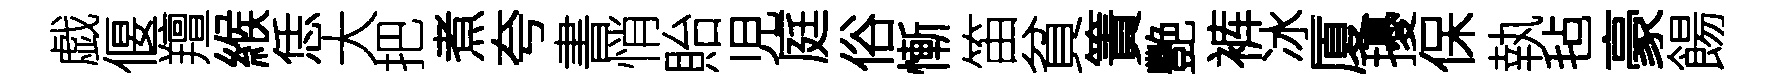
戯偃羶緱恁大把煮夸書悄貽児庭俗慚笛貧簀艷裤冰厦擾保執毡豪餳